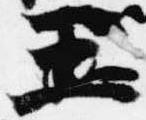
王